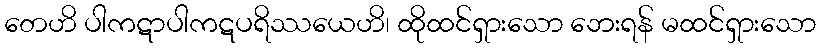
တေဟိ ပါကဋာပါကဋပရိဿယေဟိ၊ ထိုထင်ရှားသော ဘေးရန် မထင်ရှားသော